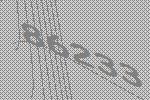
86233